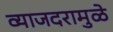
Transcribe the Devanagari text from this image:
व्याजदरामुळे